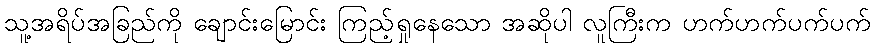
သူ့အရိပ်အခြည်ကို ချောင်းမြောင်း ကြည့်ရှုနေသော အဆိုပါ လူကြီးက ဟက်ဟက်ပက်ပက်